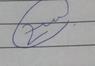
Signature authenticity: genuine